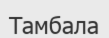
Тамбала